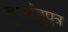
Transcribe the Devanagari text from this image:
दुष्यंतपुत्र